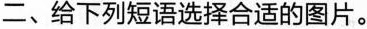
二、给下列短语选择合适的图片。